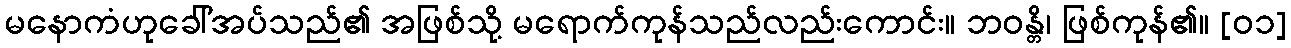
မနောကံဟုခေါ်အပ်သည်၏ အဖြစ်သို့ မရောက်ကုန်သည်လည်းကောင်း။ ဘဝန္တိ၊ ဖြစ်ကုန်၏။ [၀၁]